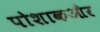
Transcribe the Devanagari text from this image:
पोशाकऔर